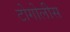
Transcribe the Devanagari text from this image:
टोगोलीस